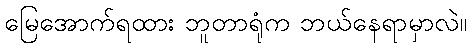
မြေအောက်ရထား ဘူတာရုံက ဘယ်နေရာမှာလဲ။